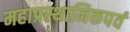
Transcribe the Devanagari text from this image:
महाप्रस्थानिकपर्व